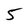
Character: 5